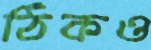
ঠিকও